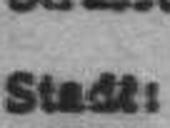
Stadt: